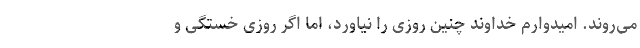
می‌روند. امیدوارم خداوند چنین روزی را نیاورد، اما اگر روزی خستگی و